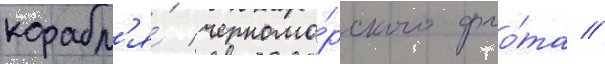
корабл'я́ черномо́рского фло́та //